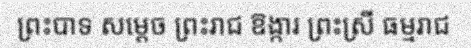
ព្រះបាទ សម្តេច ព្រះរាជ ឱង្ការ ព្រះស្រី ធម្មរាជ